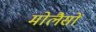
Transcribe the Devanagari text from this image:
मोलैसों